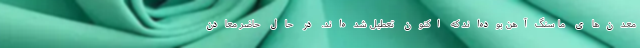
معدن‌های ما سنگ‌آهن بوده‌اند که اکنون تعطیل شده‌اند. در حال حاضر معادن